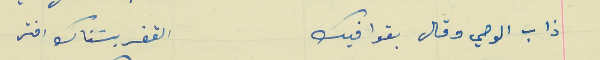
ذاب الوحي وقال بقوافيك                                  القفر بسَناك افتر